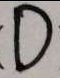
D